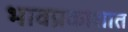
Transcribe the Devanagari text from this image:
भावप्रकाशात